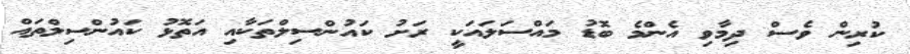
ކުރިން ވެސް ދިމާވި އެންމެ ބޮޑު މައްސަލައަކީ ރަށު ކައުންސިލްތަކާއި އަތޮޅު ކައުންސިލްތައް